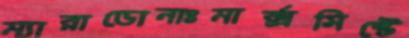
ম্যারাডোনাঃমার্ক্সসিস্টে